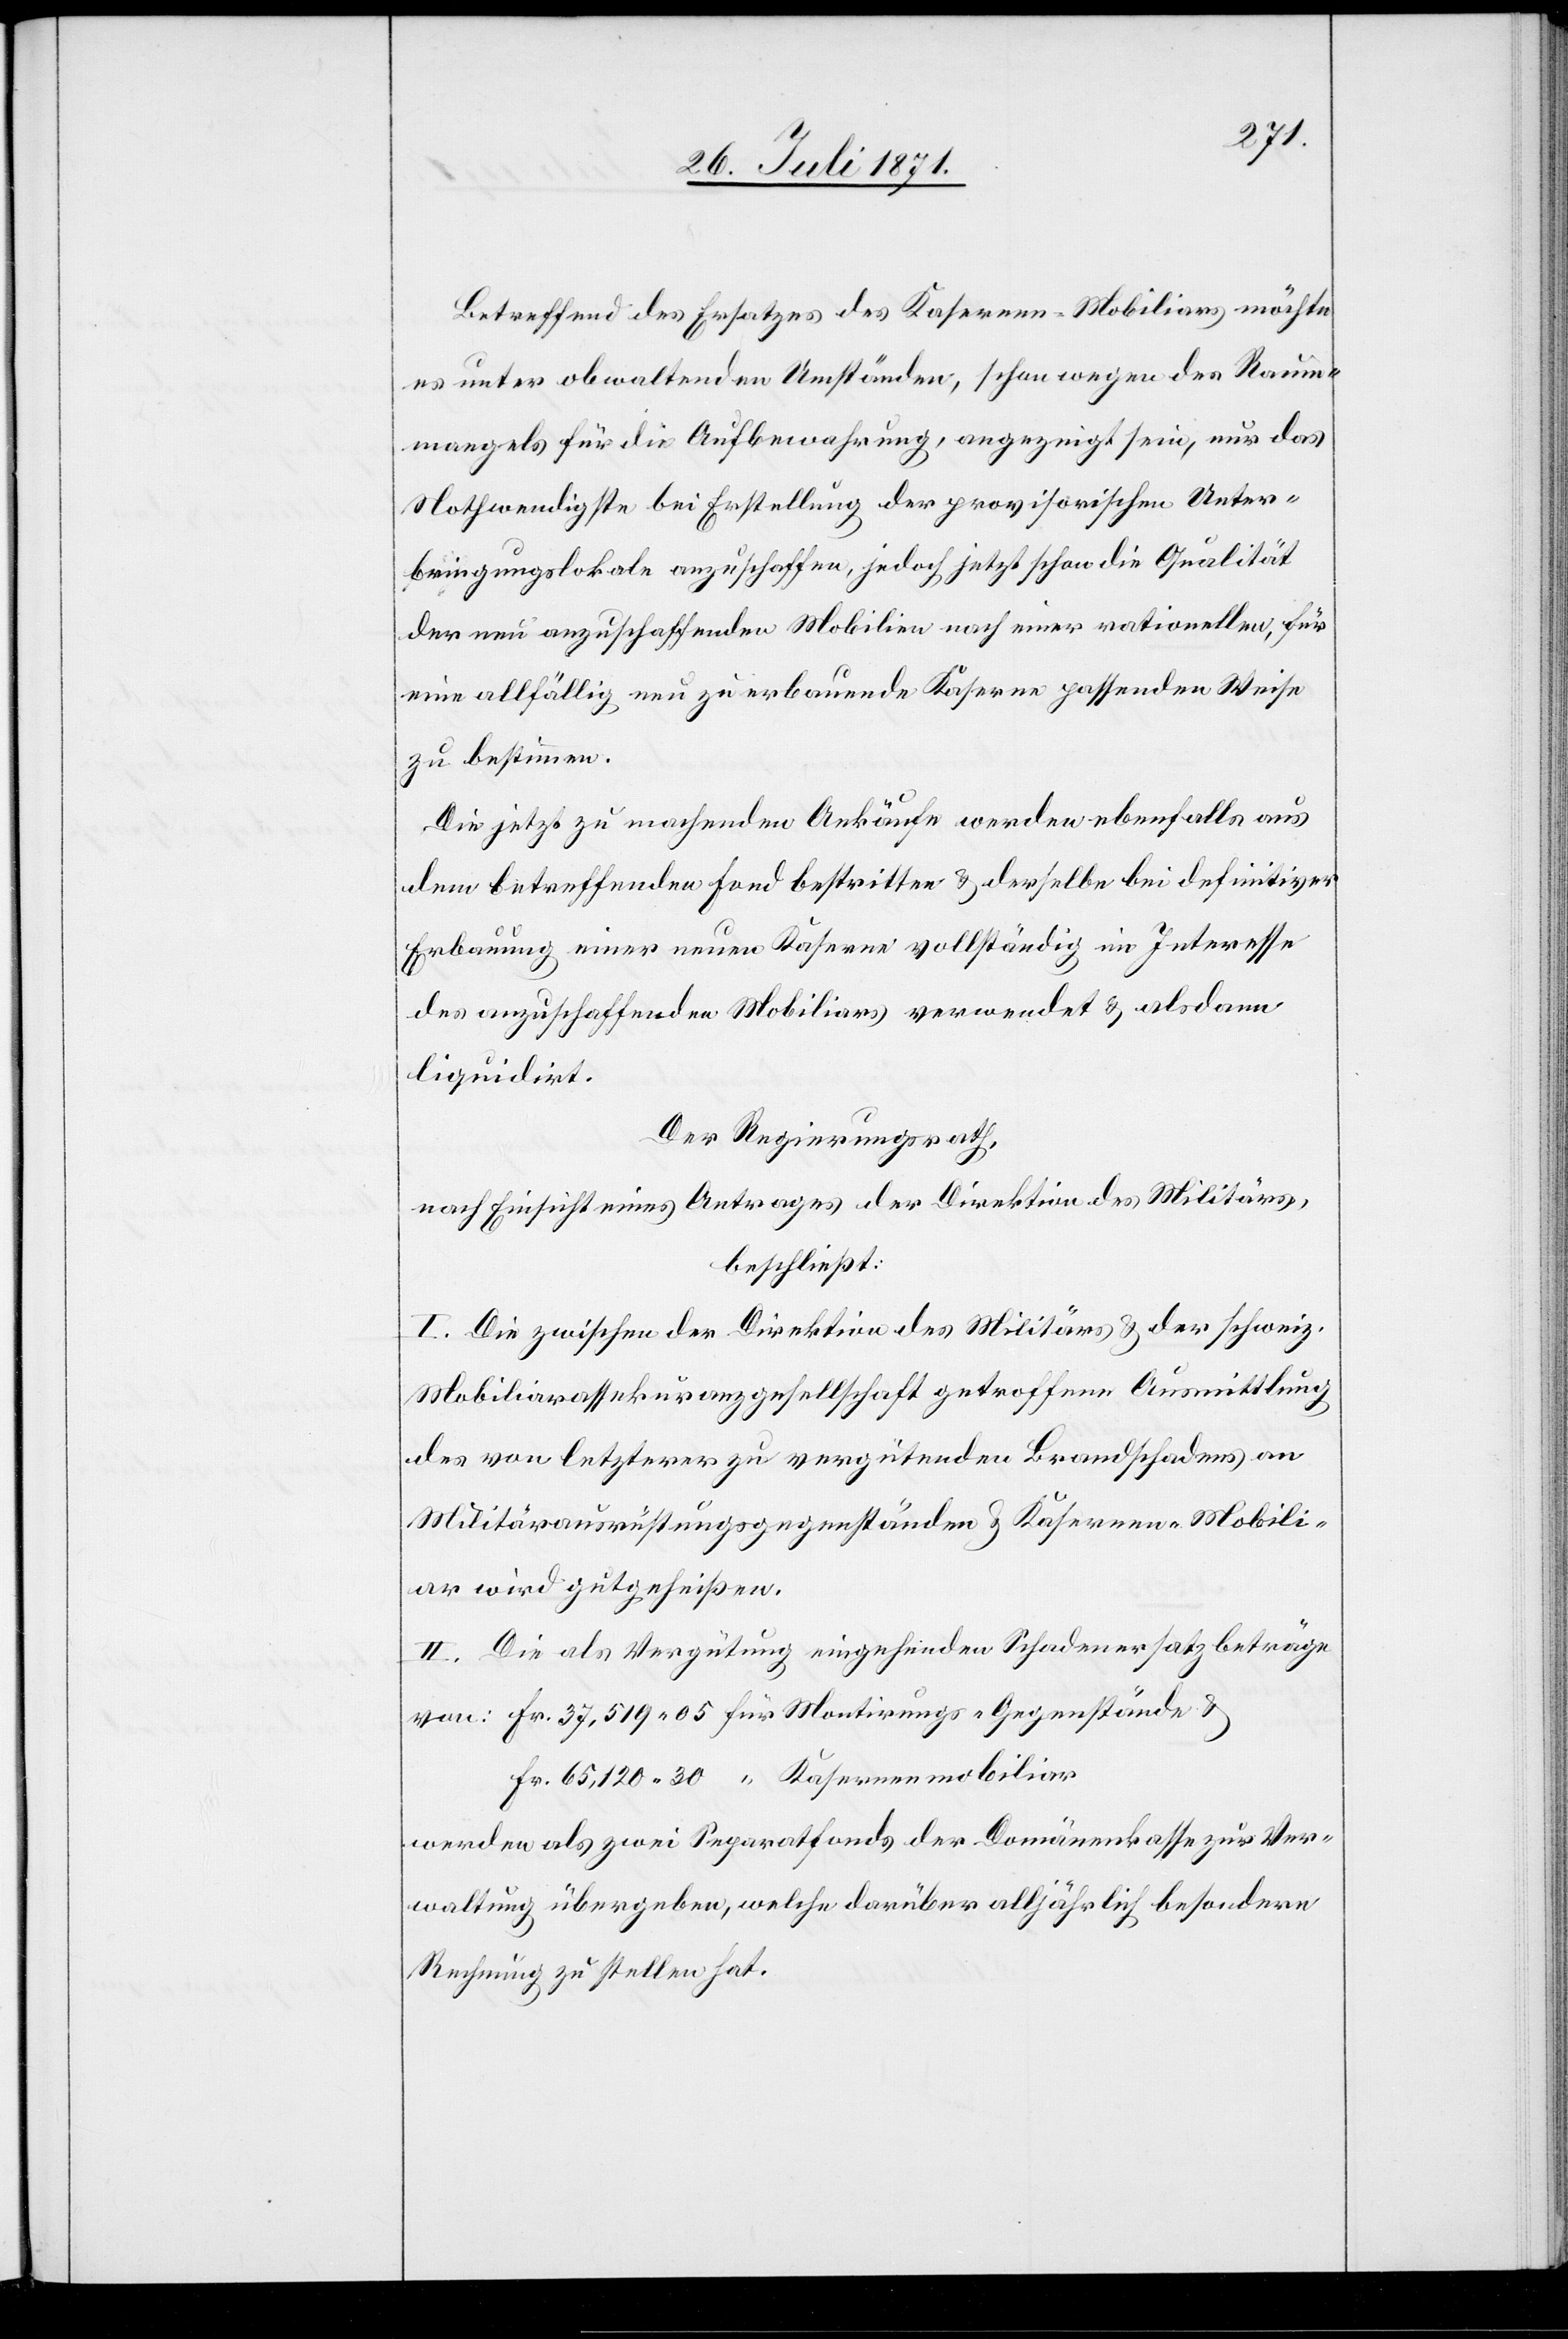
Betreffend des Ersatzes des Kasernen-Mobiliars möchte
es unter obwaltenden Umständen, schon wegen des Raum¬
mangels für die Aufbewahrung, angezeigt sein, nur das
Nothwendigste bei Erstellung der provisorischen Unter¬
bringungslokale anzuschaffen, jedoch jetzt schon die Qualität
der nun anzuschaffenden Mobilien nach einer rationellen, für
eine allfällig neu zu erbauende Kaserne passenden Weise
zu bestimmen.
Die jetzt zu machenden Ankäufe werden ebenfalls aus
dem betreffenden Fond bestritten u. derselbe bei definitiver
Erbauung einer neuen Kaserne vollständig im Interesse
des anzuschaffenden Mobiliars verwendet u. alsdann
liquidirt.
Der Regierungsrath,
nach Einsicht eines Antrages der Direktion des Militärs,
beschließt:
I. Die zwischen der Direktion des Militärs u. der schweiz.
Mobiliarassekuranzgesellschaft getroffene Ausmittlung
des von letzterer zu vergütenden Brandschadens an
Militärausrüstungsgegenständen u. Kaserne-Mobili¬
ar wird gutgeheißen.
II. Die als Vergütung eingehenden Schadenersatzbeträge
Fr. 37,519.05 für Montirungs-Gegenstände u.
Fr. 65,120.30 “ Kasernenmobiliar
werden als zwei Separatfonds der Domänenkasse zur Ver¬
waltung übergeben, welche darüber alljährlich besondere
Rechnung zu stellen hat.